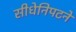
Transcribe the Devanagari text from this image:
सीधेनिपटने